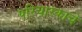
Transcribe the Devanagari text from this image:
परिचारकाचे